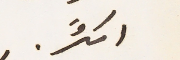
اكثر